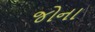
જોના